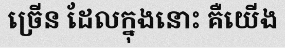
ច្រើន ដែលក្នុងនោះ គឺយើង